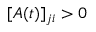
[ A ( t ) ] _ { j i } > 0